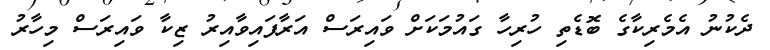
ދެކުނު އެމެރިކާގެ ބޮޑެތި ހުރިހާ ގައުމަކަށް ވައިރަސް އަރާފައިވާއިރު ޒިކާ ވައިރަސް މިހާރު